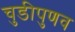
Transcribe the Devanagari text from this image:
चुडीपुणव